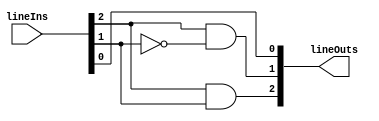
module Converter(lineIns, lineOuts);

	// Define inputs and outputs
	input [2:0] lineIns;
	output [2:0] lineOuts;
	
	// Assign output
	assign lineOuts[2] = lineIns[2] & lineIns[1];
	assign lineOuts[1] = lineIns[2] & ~lineIns[1];
	assign lineOuts[0] = lineIns[0];

endmodule